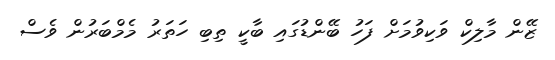
ޒޭން މާލިކް ވަކިވުމަށް ފަހު ބޭންޑުގައި ބާކީ ތިބި ހަތަރު މެމްބަރުން ވެސް